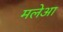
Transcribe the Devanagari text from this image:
मलेआ